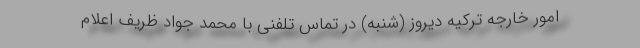
امور خارجه ترکیه دیروز (شنبه) در تماس تلفنی با محمد جواد ظریف اعلام